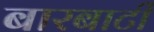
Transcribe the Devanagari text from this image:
बारबाटी